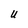
Character: U